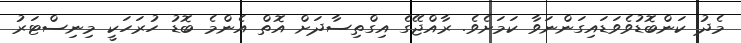
މެދު ކަންބޮޑުވެވަޑައިގަންނަވާ ކަމަށެވެ. ރާއްޖޭގެ އިގްތިސާދަށް އޮތް އެންމެ ބޮޑު ހުރަހަކީ މިނިސްޓަރު